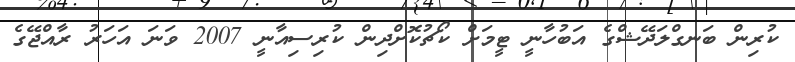
ކުރިން ބަނގްލަދޭޝްގެ އަބުހާނީ ޓީމަށް ކޯޗުކޮށްދިން ކުރިސިއާނީ 2007 ވަނަ އަހަރު ރާއްޖޭގެ